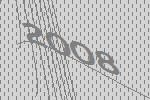
2008